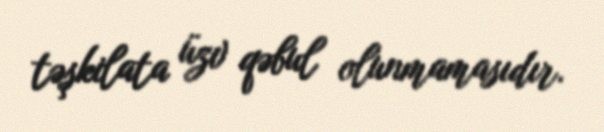
təşkilata üzv qəbul olunmamasıdır.